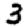
Digit: 3